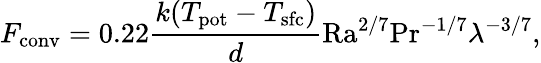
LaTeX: F_{\mathrm{conv}}=0.22\frac{k(T_{\mathrm{pot}}-T_{\mathrm{sfc}})}{d}\mathrm{Ra}^{2/7}\mathrm{Pr}^{-1/7}\lambda^{-3/7},